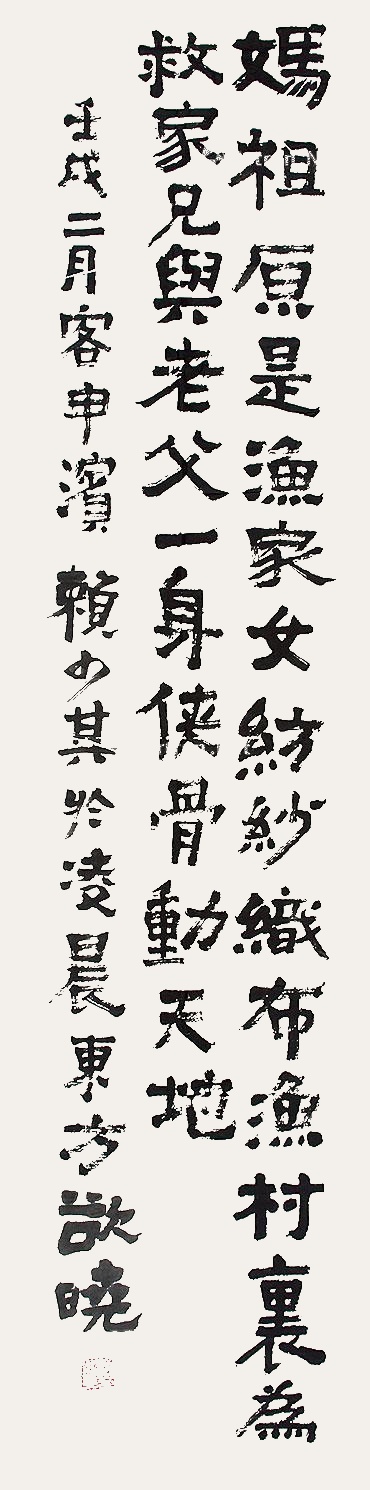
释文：妈祖原是渔家女，纺纱织布渔村里。为救家兄与老父，一身侠骨动天地。壬戌二月客申滨，赖少其于凌晨东方欲晓。